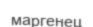
маргенец